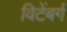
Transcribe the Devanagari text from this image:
विटेंबर्ग